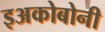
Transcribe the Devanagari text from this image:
इअकोबोनी